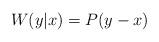
LaTeX: \begin{align*}W(y|x) = P(y-x) \end{align*}